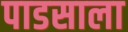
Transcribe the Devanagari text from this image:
पाडसाला